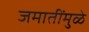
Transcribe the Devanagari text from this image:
जमातींमुळे